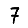
Digit: 7